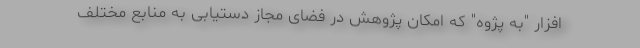
افزار "به پژوه" که امکان پژوهش در فضای مجاز دستیابی به منابع مختلف